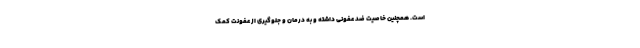
است. همچنین خاصیت ضد عفونی داشته و به درمان و جلوگیری از عفونت کمک